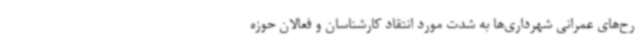
رح‌های عمرانی شهرداری‌ها به شدت مورد انتقاد کارشناسان و فعالان حوزه